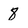
Character: 8